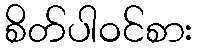
စိတ်ပါဝင်စား